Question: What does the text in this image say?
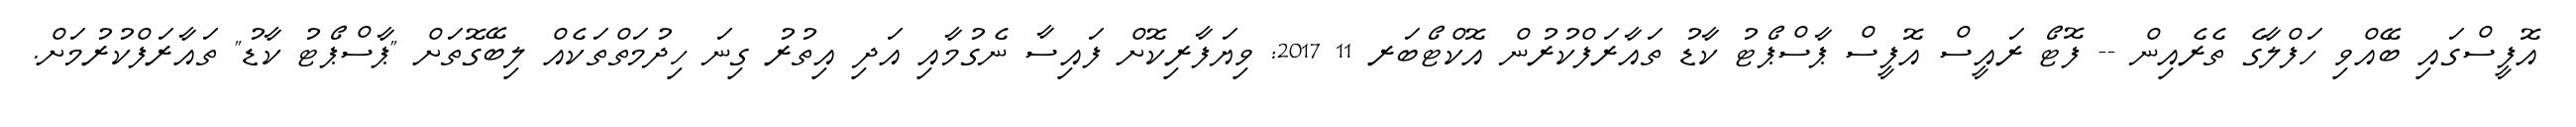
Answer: އޮފީސްގައި ބޭއްވި ހަފްލާގެ ތެރެއިން -- ފޮޓޯ ރައީސް އޮފީސް ޕާސްޕޯޓު ކާޑު ތައާރަފްކުރުން އޮކްޓޯބަރ 11 2017: ވިޔަފާރިކޮށް ފައިސާ ނެގުމާއި އަދި އިތުރު ގިނަ ހިދުމަތްތަކެއް ލިބޭގޮތަށް "ޕާސްޕޯޓު ކާޑު" ތައާރަފްކުރުމަށް.